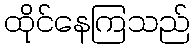
ထိုင်နေကြသည်